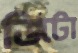
জিটা